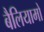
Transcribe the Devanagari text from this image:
बैलियामो